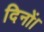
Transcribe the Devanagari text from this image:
दिनों।